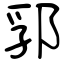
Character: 郛